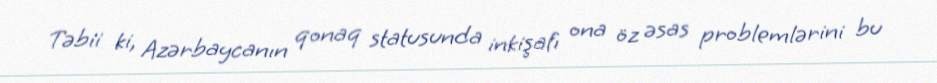
Təbii ki, Azərbaycanın qonaq statusunda inkişafı ona öz əsas problemlərini bu